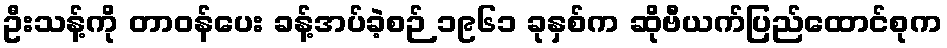
ဦးသန့်ကို တာဝန်ပေး ခန့်အပ်ခဲ့စဉ် ၁၉၆၁ ခုနှစ်က ဆိုဗီယက်ပြည်ထောင်စုက